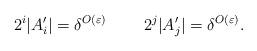
LaTeX: \begin{align*}2^i|A_i'|=\delta^{O(\varepsilon)}\;\;\;\;\;\;\;\;2^j|A_j'|=\delta^{O(\varepsilon)}.\end{align*}